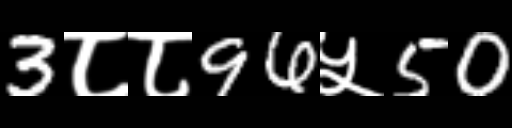
Text: 3८८96५50